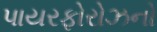
પાયરફોરોઝનો